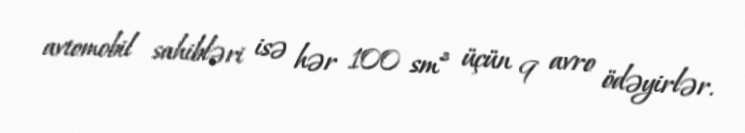
avtomobil sahibləri isə hər 100 sm³ üçün 9 avro ödəyirlər.